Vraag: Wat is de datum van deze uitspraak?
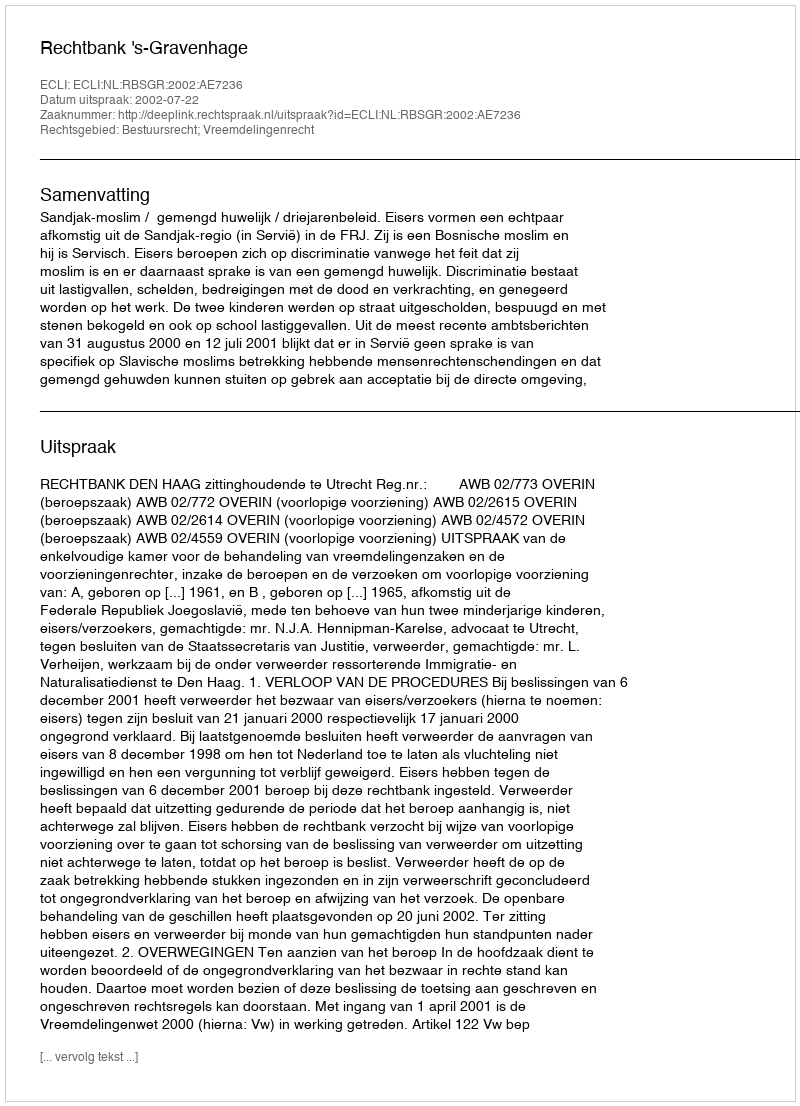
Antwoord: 2002-07-22